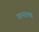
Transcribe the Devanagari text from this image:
वानराच्या